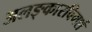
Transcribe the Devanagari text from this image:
अलङ्कारविमर्श